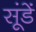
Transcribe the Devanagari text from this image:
सूंडें